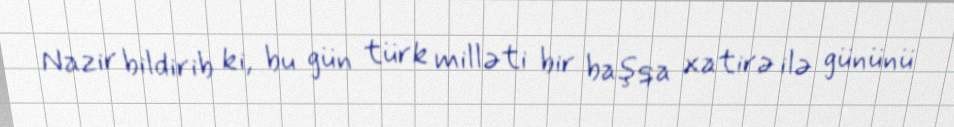
Nazir bildirib ki, bu gün türk milləti bir başqa xatirə ilə gününü